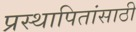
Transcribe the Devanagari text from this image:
प्रस्थापितांसाठी